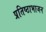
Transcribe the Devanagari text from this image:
प्रतिष्ठाभाजन